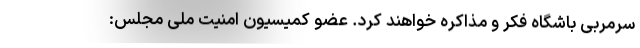
سرمربی باشگاه فکر و مذاکره خواهند کرد. عضو کمیسیون امنیت ملی مجلس: